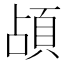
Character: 頕